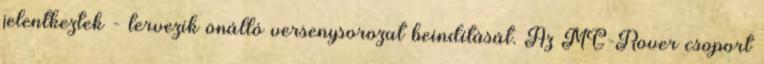
jelentkeztek - tervezik önálló versenysorozat beindítását. Az MG-Rover csoport